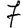
Digit: 7